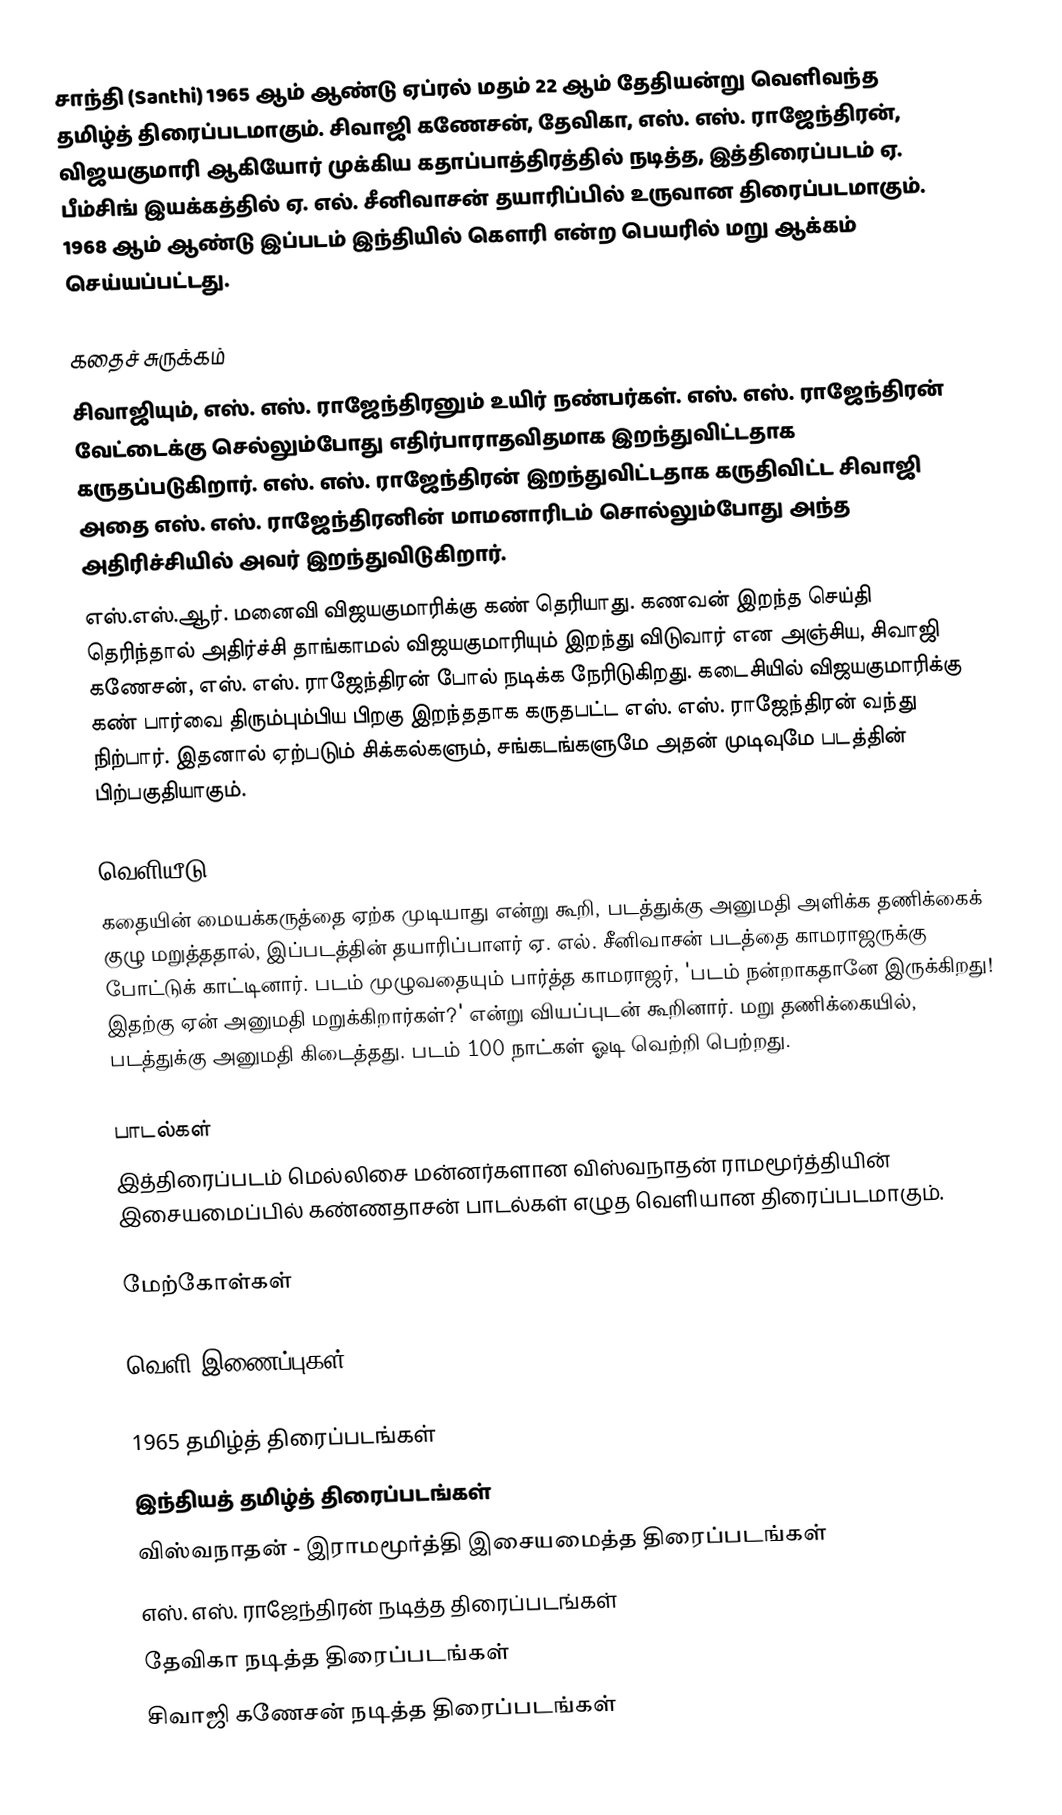
சாந்தி (Santhi) 1965 ஆம் ஆண்டு ஏப்ரல் மதம் 22 ஆம் தேதியன்று வெளிவந்த தமிழ்த் திரைப்படமாகும். சிவாஜி கணேசன், தேவிகா, எஸ். எஸ். ராஜேந்திரன், விஜயகுமாரி ஆகியோர் முக்கிய கதாப்பாத்திரத்தில் நடித்த, இத்திரைப்படம் ஏ. பீம்சிங் இயக்கத்தில் ஏ. எல். சீனிவாசன் தயாரிப்பில் உருவான திரைப்படமாகும். 1968 ஆம் ஆண்டு இப்படம் இந்தியில் கௌரி என்ற பெயரில் மறு ஆக்கம் செய்யப்பட்டது.

கதைச் சுருக்கம்
சிவாஜியும், எஸ். எஸ். ராஜேந்திரனும் உயிர் நண்பர்கள். எஸ். எஸ். ராஜேந்திரன் வேட்டைக்கு செல்லும்போது எதிர்பாராதவிதமாக இறந்துவிட்டதாக கருதப்படுகிறார். எஸ். எஸ். ராஜேந்திரன் இறந்துவிட்டதாக கருதிவிட்ட சிவாஜி அதை எஸ். எஸ். ராஜேந்திரனின் மாமனாரிடம் சொல்லும்போது அந்த அதிரிச்சியில் அவர் இறந்துவிடுகிறார்.
எஸ்.எஸ்.ஆர். மனைவி விஜயகுமாரிக்கு கண் தெரியாது. கணவன் இறந்த செய்தி தெரிந்தால் அதிர்ச்சி தாங்காமல் விஜயகுமாரியும் இறந்து விடுவார் என அஞ்சிய, சிவாஜி கணேசன், எஸ். எஸ். ராஜேந்திரன் போல் நடிக்க நேரிடுகிறது. கடைசியில் விஜயகுமாரிக்கு கண் பார்வை திரும்பும்பிய பிறகு இறந்ததாக கருதபட்ட எஸ். எஸ். ராஜேந்திரன் வந்து நிற்பார். இதனால் ஏற்படும் சிக்கல்களும், சங்கடங்களுமே அதன் முடிவுமே படத்தின் பிற்பகுதியாகும்.

வெளியீடு
கதையின் மையக்கருத்தை ஏற்க முடியாது என்று கூறி, படத்துக்கு அனுமதி அளிக்க தணிக்கைக் குழு மறுத்ததால், இப்படத்தின் தயாரிப்பாளர் ஏ. எல். சீனிவாசன்  படத்தை காமராஜருக்கு போட்டுக் காட்டினார். படம் முழுவதையும் பார்த்த காமராஜர், 'படம் நன்றாகதானே இருக்கிறது! இதற்கு ஏன் அனுமதி மறுக்கிறார்கள்?' என்று வியப்புடன் கூறினார். மறு தணிக்கையில், படத்துக்கு அனுமதி கிடைத்தது. படம் 100 நாட்கள் ஓடி வெற்றி பெற்றது.

பாடல்கள்
இத்திரைப்படம் மெல்லிசை மன்னர்களான விஸ்வநாதன் ராமமூர்த்தியின் இசையமைப்பில் கண்ணதாசன் பாடல்கள் எழுத வெளியான திரைப்படமாகும்.

மேற்கோள்கள்

வெளி இணைப்புகள்

1965 தமிழ்த் திரைப்படங்கள்
இந்தியத் தமிழ்த் திரைப்படங்கள்
விஸ்வநாதன் - இராமமூர்த்தி இசையமைத்த திரைப்படங்கள்
எஸ். எஸ். ராஜேந்திரன் நடித்த திரைப்படங்கள்
தேவிகா நடித்த திரைப்படங்கள்
சிவாஜி கணேசன் நடித்த திரைப்படங்கள்